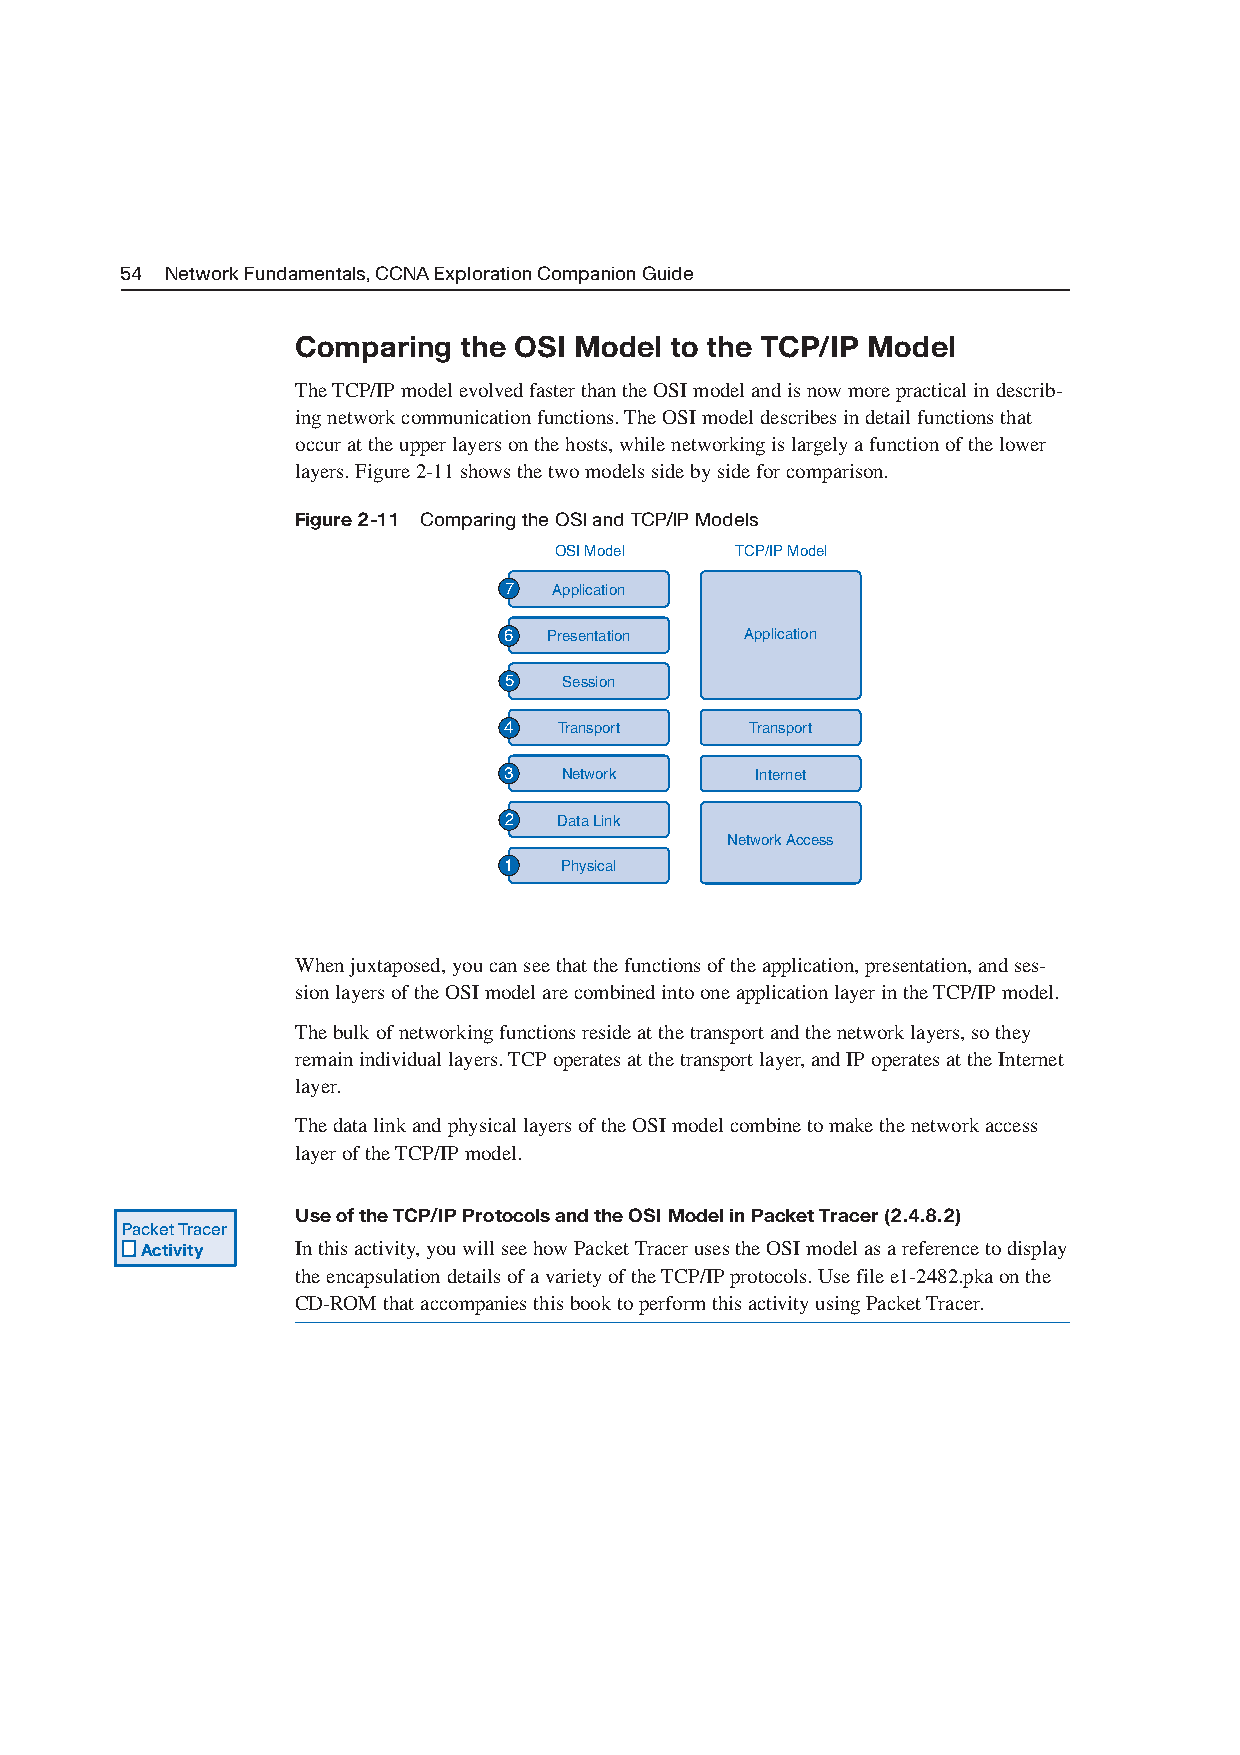
54 Network Fundamentals, CCNA Exploration Companion Guide
 Comparing the OSI Model to the TCP/IP Model
 The TCP/IP model evolved faster than the OSI model and is now more practical in describ-
 ing network communication functions. The OSI model describes in detail functions that
 occur at the upper layers on the hosts,while networking is largely a function of the lower
 layers. Figure 2-11 shows the two models side by side for comparison.
 Figure 2-11 Comparing the OSI and TCP/IP Models
 OSI Model   TCP/IP Model
 7   Application
 6  Presentation Application
 5   Session
 4   Transport    Transport
 3   Network      Internet
 2   Data Link
 Network Access
 1   Physical
 When juxtaposed,you can see that the functions of the application,presentation,and ses-
 sion layers of the OSI model are combined into one application layer in the TCP/IP model.
 The bulk of networking functions reside at the transport and the network layers,so they
 remain individual layers. TCP operates at the transport layer,and IP operates at the Internet
 layer.
 The data link and physical layers of the OSI model combine to make the network access
 layer of the TCP/IP model.
 Use of the TCP/IP Protocols and the OSI Model in Packet Tracer (2.4.8.2)
 Packet Tracer
 Activity   In this activity,you will see how Packet Tracer uses the OSI model as a reference to display
 the encapsulation details of a variety of the TCP/IP protocols. Use file e1-2482.pka on the
 CD-ROM that accompanies this book to perform this activity using Packet Tracer.